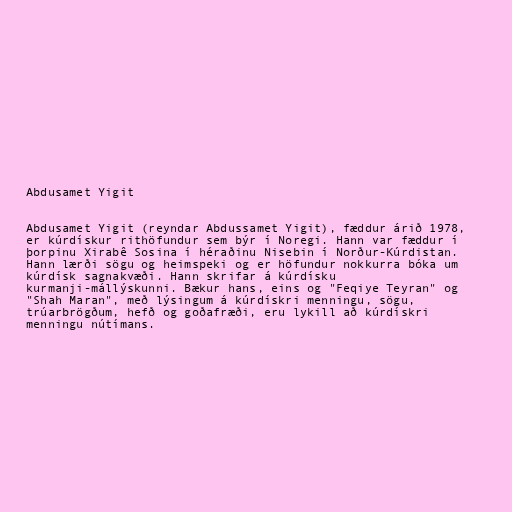
Abdusamet Yigit

Abdusamet Yigit (reyndar Abdussamet Yigit), fæddur árið 1978,
er kúrdískur rithöfundur sem býr í Noregi. Hann var fæddur í
þorpinu Xirabê Sosina í héraðinu Nisebin í Norður-Kúrdistan.
Hann lærði sögu og heimspeki og er höfundur nokkurra bóka um
kúrdísk sagnakvæði. Hann skrifar á kúrdísku
kurmanji-mállýskunni. Bækur hans, eins og "Feqiye Teyran" og
"Shah Maran", með lýsingum á kúrdískri menningu, sögu,
trúarbrögðum, hefð og goðafræði, eru lykill að kúrdískri
menningu nútímans.